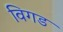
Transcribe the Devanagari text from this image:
विगड